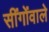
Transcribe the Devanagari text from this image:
सींगोंवाले